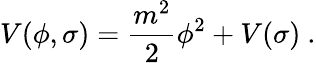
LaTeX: V(\phi,\sigma)={\frac{m^{2}}{2}}\phi^{2}+V(\sigma)\ .